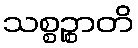
သစ္စဉ္စာတိ